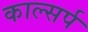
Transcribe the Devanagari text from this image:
काल्सर्प